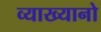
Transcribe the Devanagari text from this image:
व्याख्यानो